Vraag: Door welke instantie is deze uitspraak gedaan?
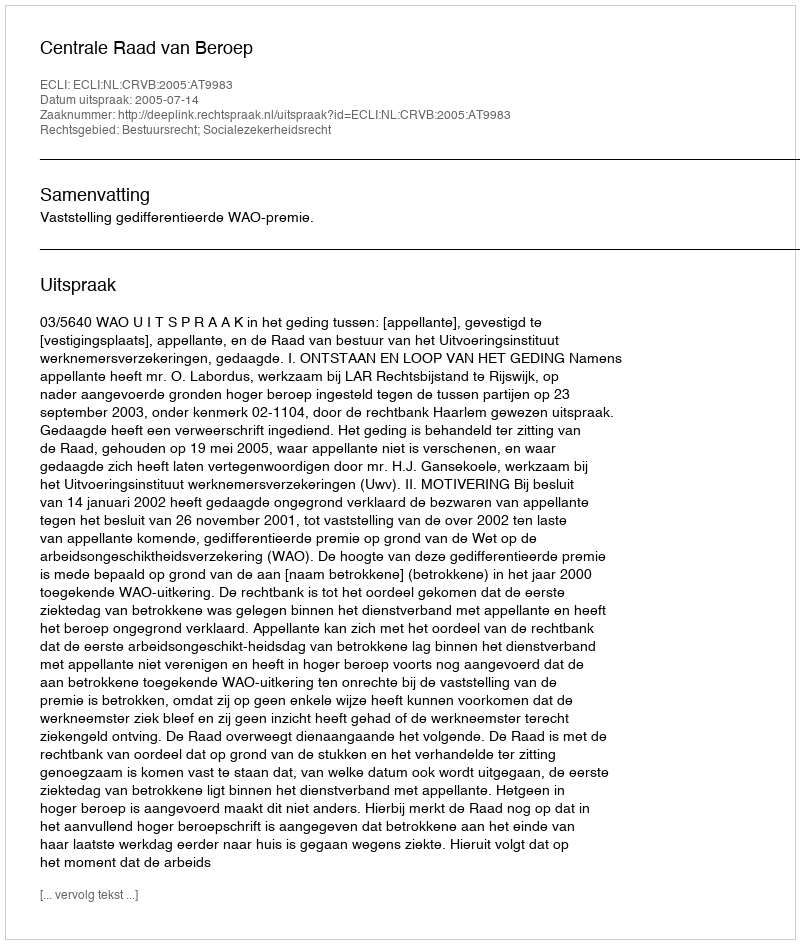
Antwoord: Centrale Raad van Beroep